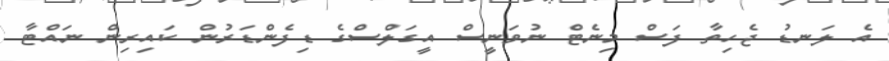
އެ ލަނޑު ޖެހިތާ ފަސް މިނެޓް ނުވަނީސް އީގަލްސްގެ ޑިފެންޑަރުން ކައިރިން ނައްޓާ